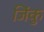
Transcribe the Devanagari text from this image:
जिंकु